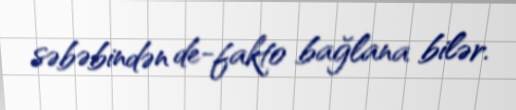
səbəbindən de-fakto bağlana bilər.